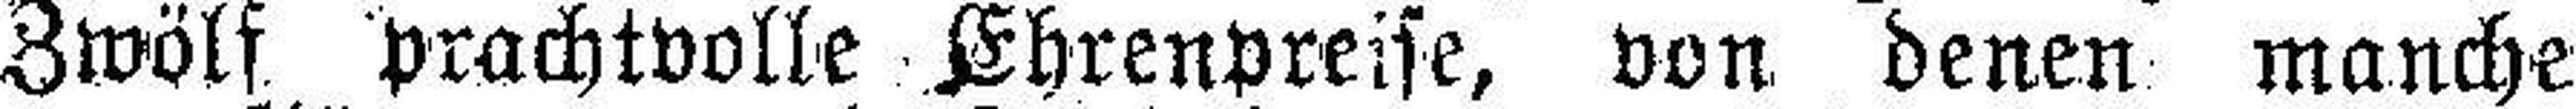
Zwölf prachtvolle Ehrenpreise, von denen manche